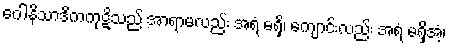
ဂေါနိသာဒိကကုဋိသည် အာရာမလည်း အရံ မရှိ၊ ကျောင်းလည်း အရံ မရှိအံ့၊